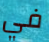
في